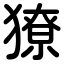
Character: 獠